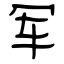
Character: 军